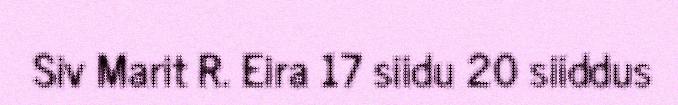
Siv Marit R. Eira 17 siidu 20 siiddus